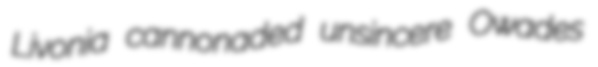
Livonia cannonaded unsincere Owades